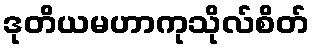
ဒုတိယမဟာကုသိုလ်စိတ်